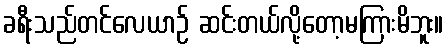
ခရီးသည်တင်လေယာဉ် ဆင်းတယ်လို့တော့မကြားမိဘူး။